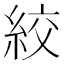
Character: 絞